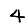
Digit: 4